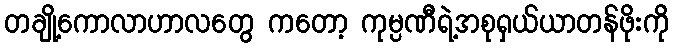
တချို့ကောလာဟာလတွေ ကတော့ ကုမ္ပဏီရဲ့အစုရှယ်ယာတန်ဖိုးကို